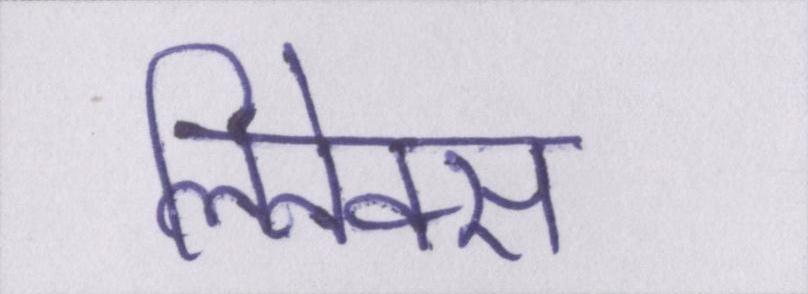
लिनेक्स